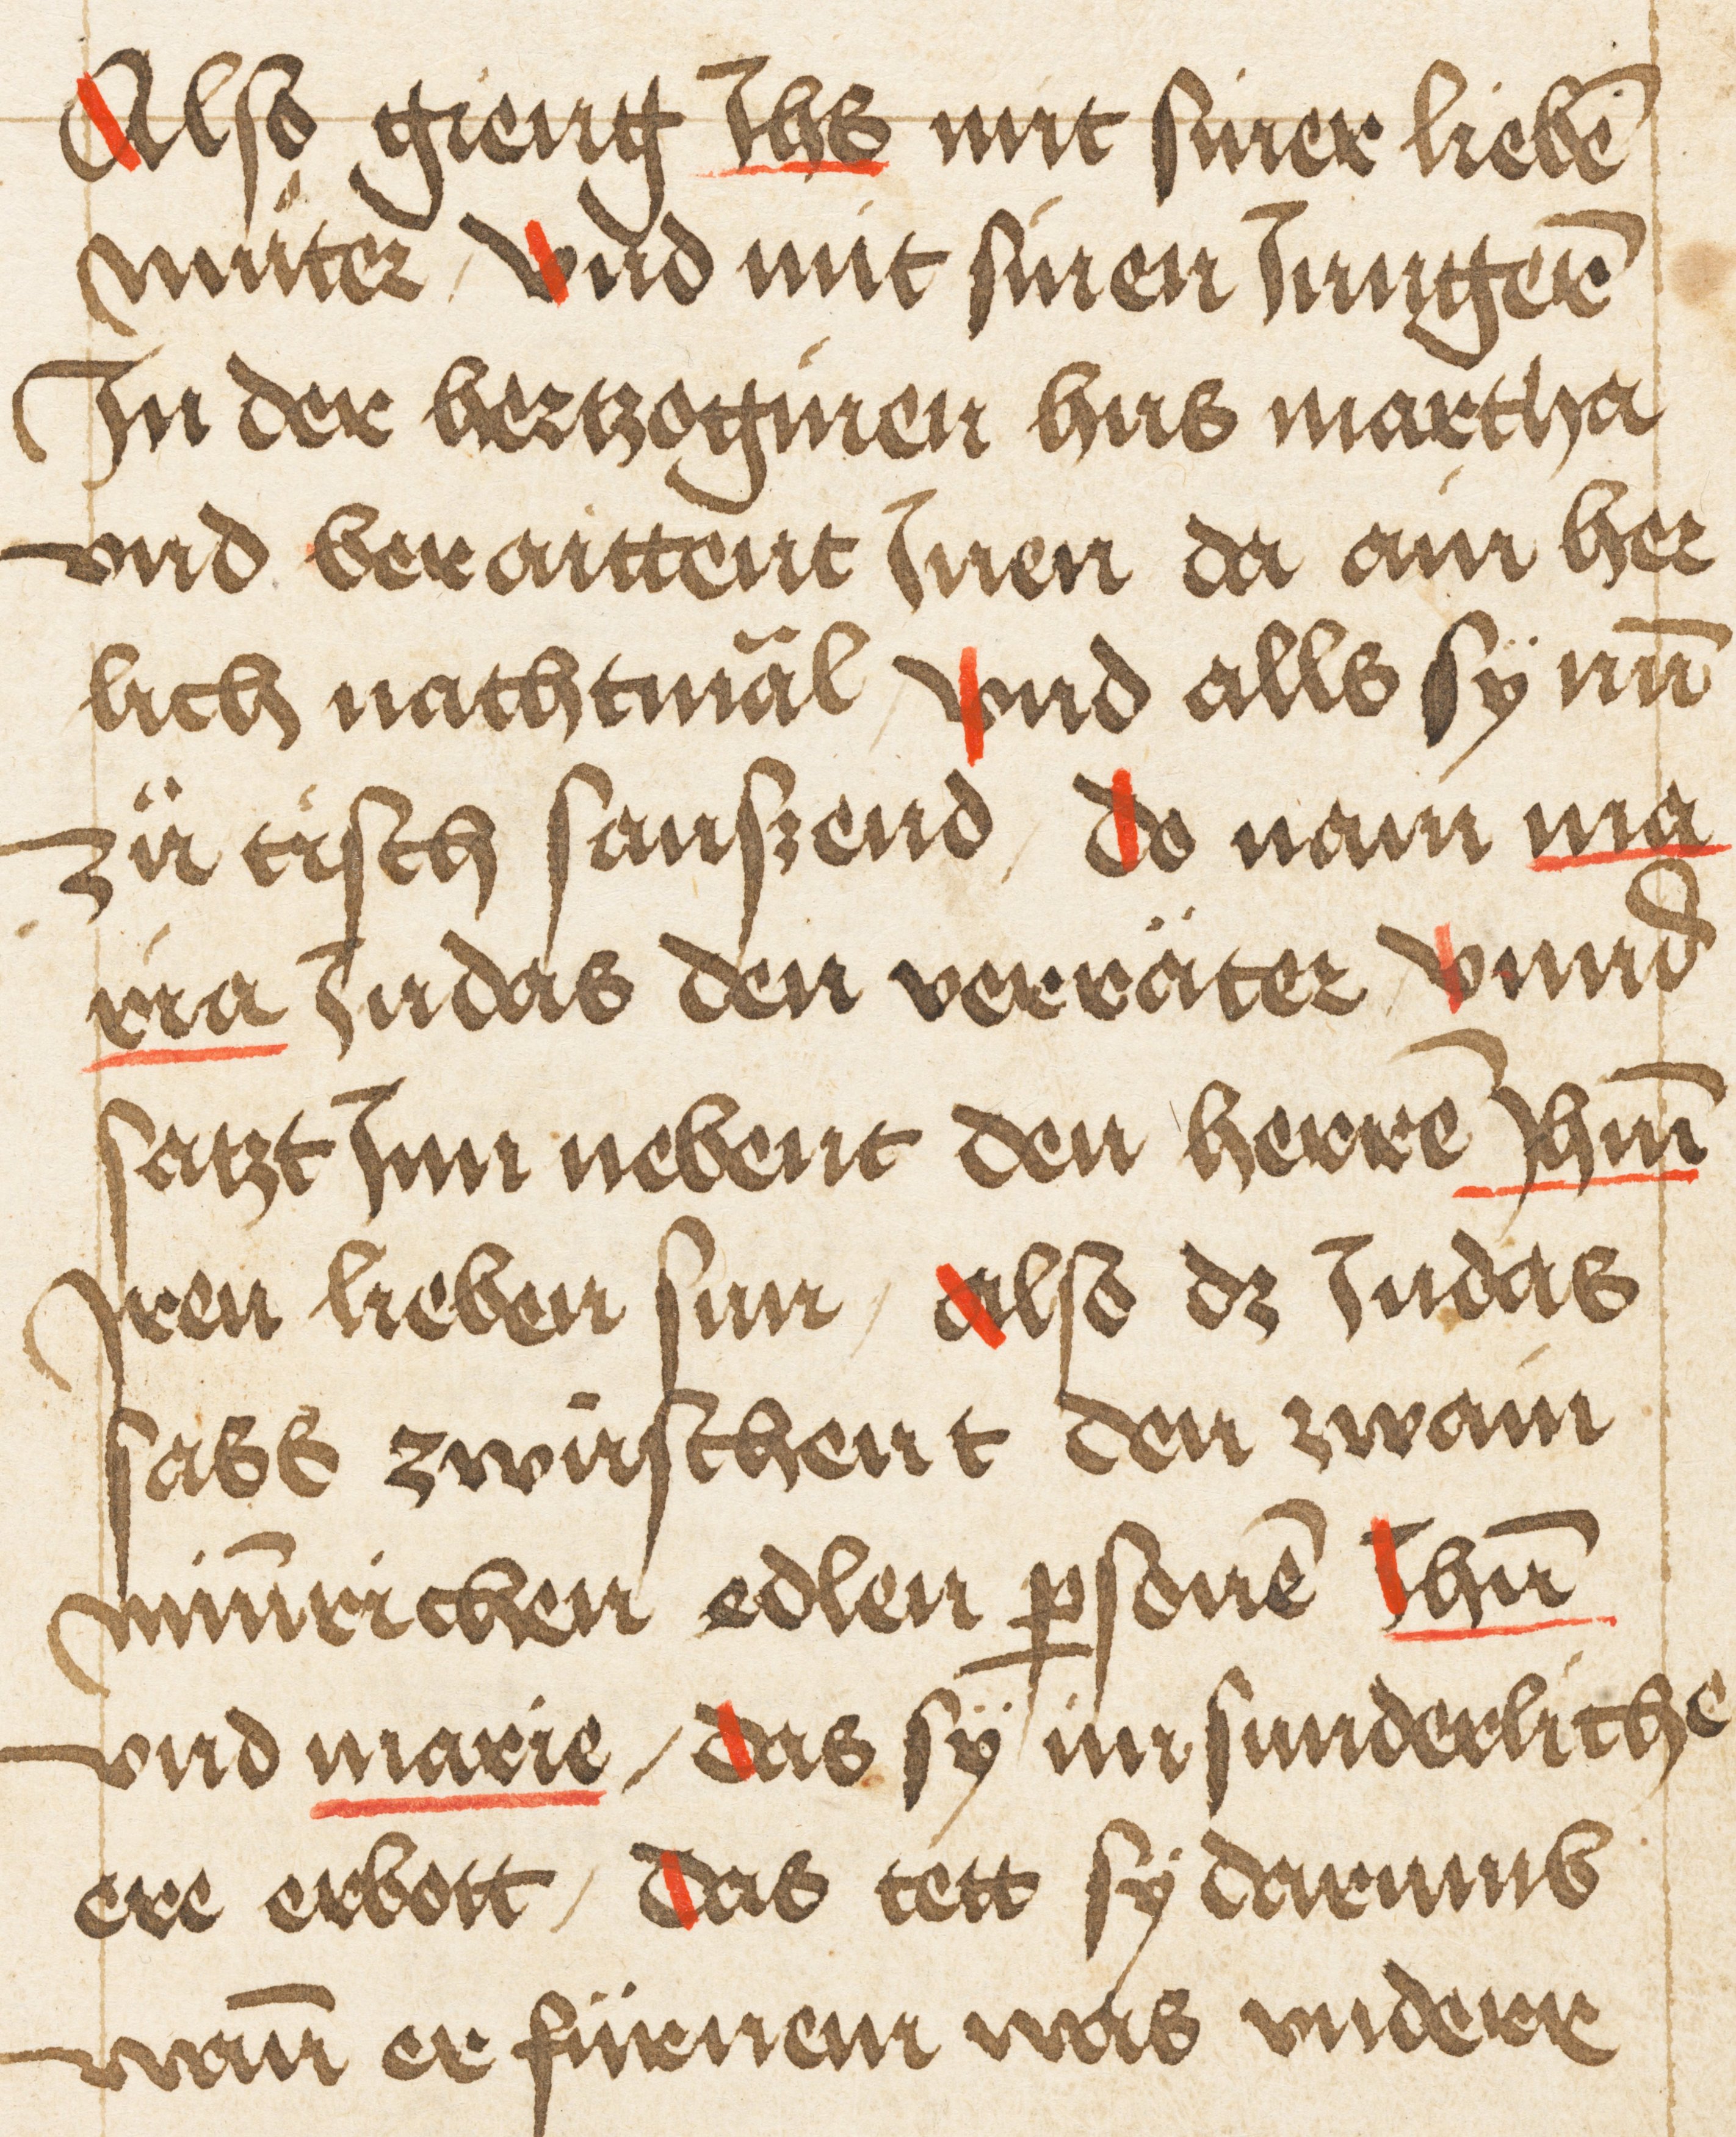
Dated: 1495–1495